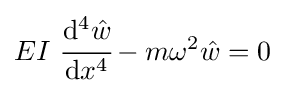
EI~{\cfrac {\mathrm {d} ^{4}{\hat {w}}}{\mathrm {d} x^{4}}}-m\omega ^{2}{\hat {w}}=0